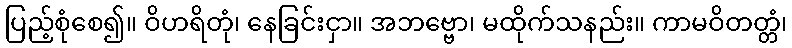
ပြည့်စုံစေ၍။ ဝိဟရိတုံ၊ နေခြင်းငှာ။ အဘဗ္ဗော၊ မထိုက်သနည်း။ ကာမဝိတတ္တံ၊